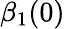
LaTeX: \beta_{1}(0)